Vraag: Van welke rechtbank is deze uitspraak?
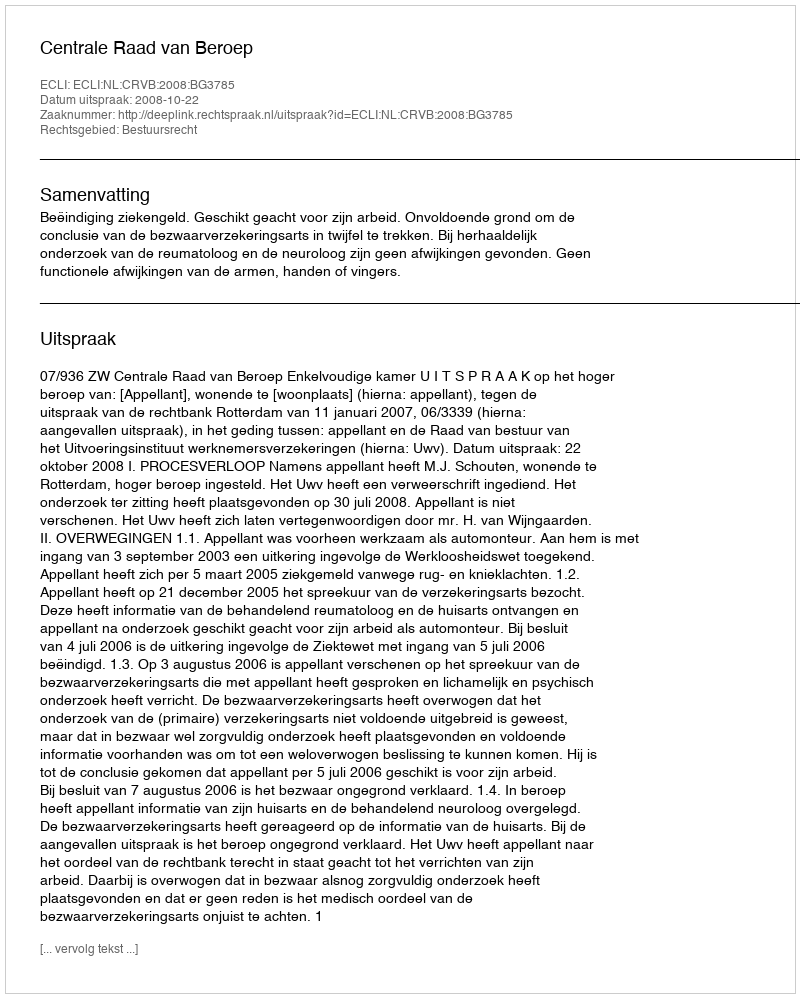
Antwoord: Centrale Raad van Beroep